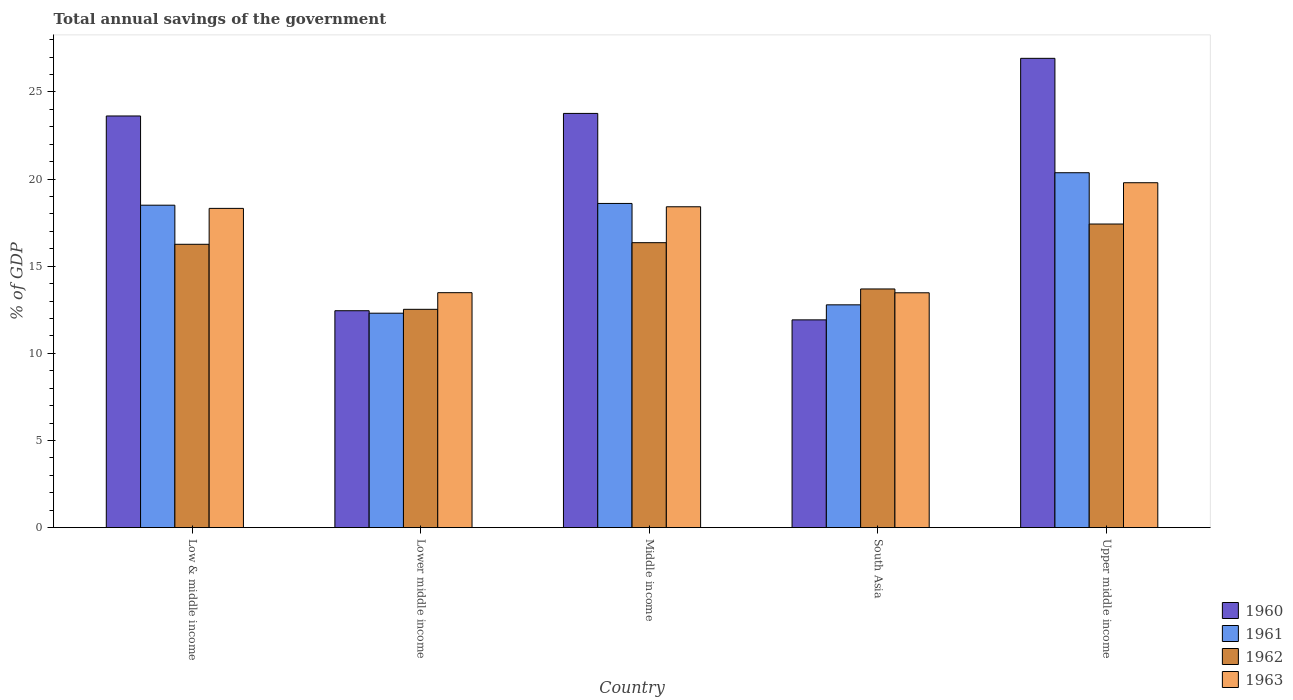
| Country | 1960 | 1961 | 1962 | 1963 |
 | --- | --- | --- | --- | --- |
 | Low & middle income | 23.6 | 18.5 | 16.3 | 18.3 |
 | Lower middle income | 12.4 | 12.3 | 12.5 | 13.5 |
 | Middle income | 23.8 | 18.6 | 16.4 | 18.4 |
 | South Asia | 11.9 | 12.8 | 13.7 | 13.5 |
 | Upper middle income | 26.9 | 20.4 | 17.4 | 19.8 |